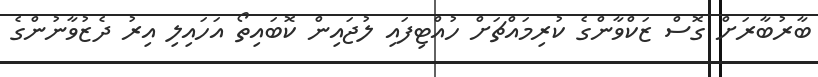
ބާރުބާރަށް ގޮސް ޒަކްވާންގެ ކުރިމައްޗަށް ހުއްޓިފައި ލުޖައިން ކޮބައިތޯ އަހައިލި އިރު ދެޒުވާނުންގެ